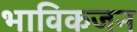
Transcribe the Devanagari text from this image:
भाविकजन